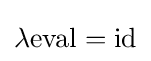
\lambda {\text{eval}}={\text{id}}